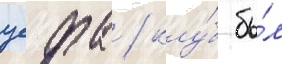
уефа / клу́б бы́л